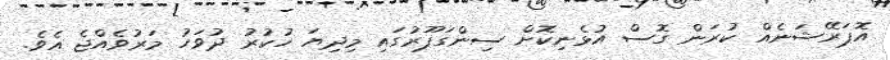
އޮޕަރޭޝަނެއް ކުރަން ގޮސް އުޅެނިކޮށް ސިންގަޕޫރުގައި މިދިޔަ ހުކުރު ދުވަހު މަރުވެއްޖެ އެވެ.